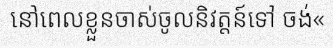
នៅពេលខ្លួនចាស់ចូលនិវត្តន៍ទៅ ចង់«